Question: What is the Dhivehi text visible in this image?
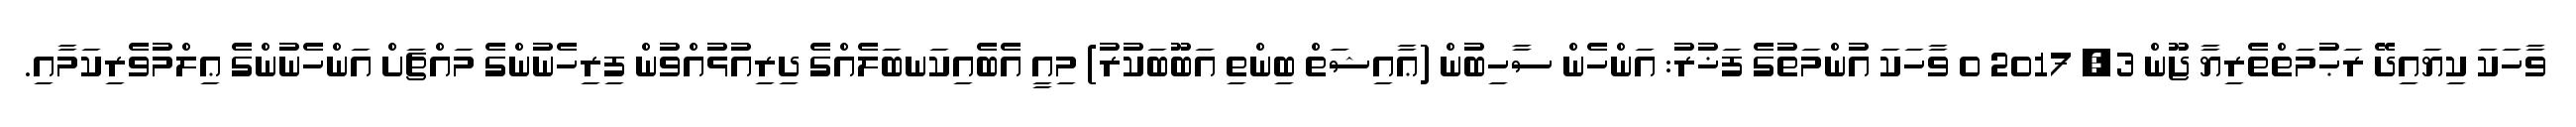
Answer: ވާހަކަ ކިޔައިދޭ ރަޙުމަތްތެރިޔާ ޖޫން 3, 2017 0 ވާހަކަ އުންމަތުގެ ފަޚުރު: އަންހެން ސާހިބުން (ޢާއިޝަތް ބިންތި އަބޫބަކުރު) މިއީ އެބެއިކަނބަލެއްގެ ދިރިއުޅުއްވުން ފިރިހެނުންގެ މައްޗަށް އަންހެނުންގެ ޢިލްމުވެރިކަމާއި.